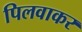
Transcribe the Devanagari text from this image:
पिलवाकर